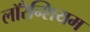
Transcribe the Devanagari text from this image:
लॉरेन्शियम